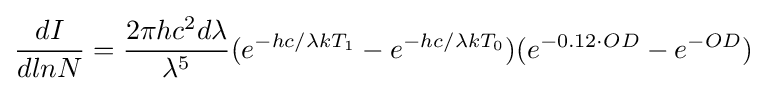
{\frac {dI}{dlnN}}={\frac {2\pi hc^{2}d\lambda }{\lambda ^{5}}}(e^{-hc/\lambda kT_{1}}-e^{-hc/\lambda kT_{0}})(e^{-0.12\cdot OD}-e^{-OD})